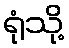
ရုံသို့